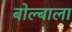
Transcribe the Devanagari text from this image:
बोल्बाला